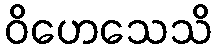
ဝိဟေသေသိ